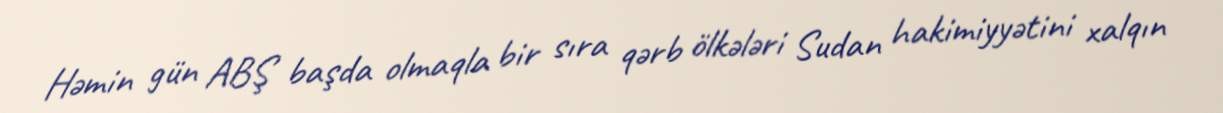
Həmin gün ABŞ başda olmaqla bir sıra qərb ölkələri Sudan hakimiyyətini xalqın